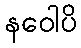
နဝေါပိ